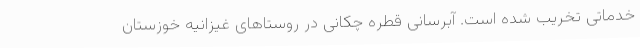
خدماتی تخریب شده است. آبرسانی قطره چکانی در روستاهای غیزانیه خوزستان